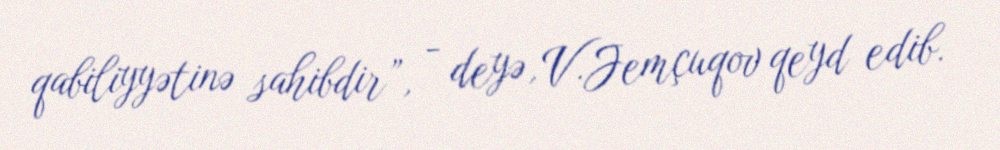
qabiliyyətinə sahibdir”, - deyə, V.Jemçuqov qeyd edib.